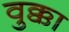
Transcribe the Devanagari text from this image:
वुक्का